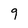
Character: 9